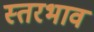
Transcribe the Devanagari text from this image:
स्तरभाव